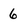
Character: 6